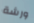
ورشة